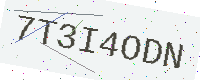
Text: 7T3I4ODN